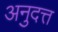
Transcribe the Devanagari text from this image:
अनुदत्त